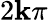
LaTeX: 2\mathbf{k}{\pi}